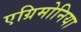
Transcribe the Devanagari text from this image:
एग्रिमोनिया